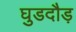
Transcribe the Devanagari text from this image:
घुडदौड़